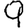
Digit: 9